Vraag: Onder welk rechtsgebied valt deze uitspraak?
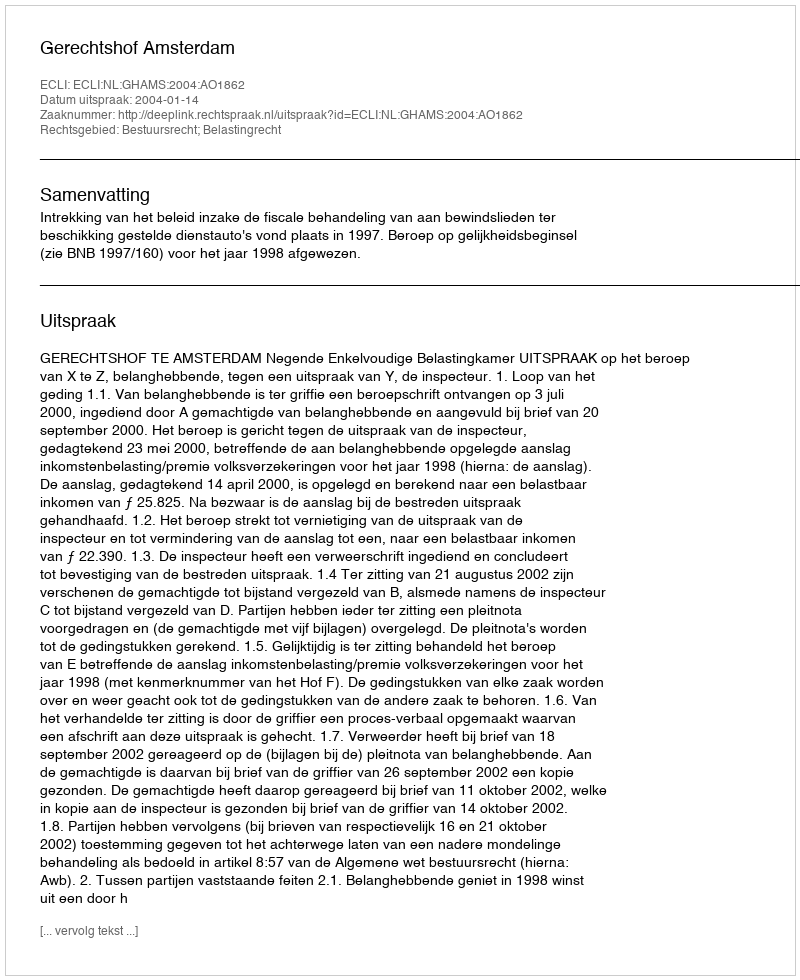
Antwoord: Bestuursrecht; Belastingrecht